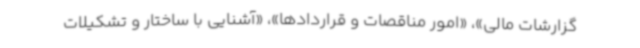
گزارشات مالی»، «امور مناقصات و قراردادها»، «آشنایی با ساختار و تشکیلات